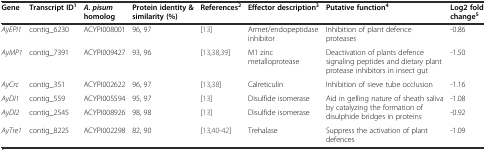
<table><thead><tr><td><b>Gene</b></td><td><b>Transcript ID<sup>1</sup></b></td><td><b><i>A. pisum</i>homolog</b></td><td><b>Protein identity &amp; similarity (%)</b></td><td><b>References<sup>2</sup></b></td><td><b>Effector description<sup>3</sup></b></td><td><b>Putative function<sup>4</sup></b></td><td><b>Log2 fold change<sup>5</sup></b></td></tr></thead><tbody><tr><td><i>AyEPI1</i></td><td>contig_6230</td><td>ACYPI008001</td><td>96, 97</td><td>[13]</td><td>Armet/endopeptidase inhibitor</td><td>Inhibition of plant defence proteases</td><td>-0.86</td></tr><tr><td><i>AyMP1</i></td><td>contig_7391</td><td>ACYPI009427</td><td>93, 96</td><td>[13, 38, 39]</td><td>M1 zinc metalloprotease</td><td>Deactivation of plants defence signaling peptides and dietary plant protease inhibitors in insect gut</td><td>-1.50</td></tr><tr><td><i>AyCrc</i></td><td>contig_351</td><td>ACYPI002622</td><td>96, 97</td><td>[13, 38]</td><td>Calreticulin</td><td>Inhibition of sieve tube occlusion</td><td>-1.16</td></tr><tr><td><i>AyDI1</i></td><td>contig_559</td><td>ACYPI005594</td><td>95, 97</td><td>[13]</td><td>Disulfide isomerase</td><td rowspan="2">Aid in gelling nature of sheath saliva by catalyzing the formation of disulphide bridges in proteins</td><td>-1.08</td></tr><tr><td><i>AyDI2</i></td><td>contig_2545</td><td>ACYPI008926</td><td>98, 98</td><td>[13]</td><td>Disulfide isomerase</td><td>-0.92</td></tr><tr><td><i>AyTre1</i></td><td>contig_8225</td><td>ACYPI002298</td><td>82, 90</td><td>[13, 40–42]</td><td>Trehalase</td><td>Suppress the activation of plant defences</td><td>-1.09</td></tr></tbody></table>